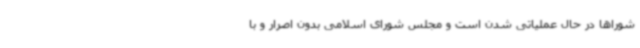
شوراها در حال عملیاتی شدن است و مجلس شورای اسلامی بدون اصرار و با